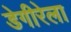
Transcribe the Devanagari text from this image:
डेगीरेला